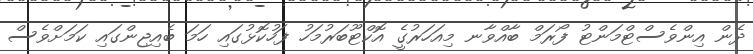
ދެން އިންވެސްޓްމަންޓު ފޯރަމް ބާއްވާނ މިއަހަރުގެީ އޮކްޓޫބަރުމަހު ފަހުކޮޅުގައި ހަމަ ބެއިޖިންގައި ކަމަށްވެސް